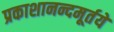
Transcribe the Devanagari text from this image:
प्रकाशानन्दमूर्तये